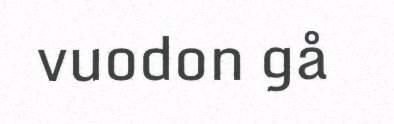
vuodon gå